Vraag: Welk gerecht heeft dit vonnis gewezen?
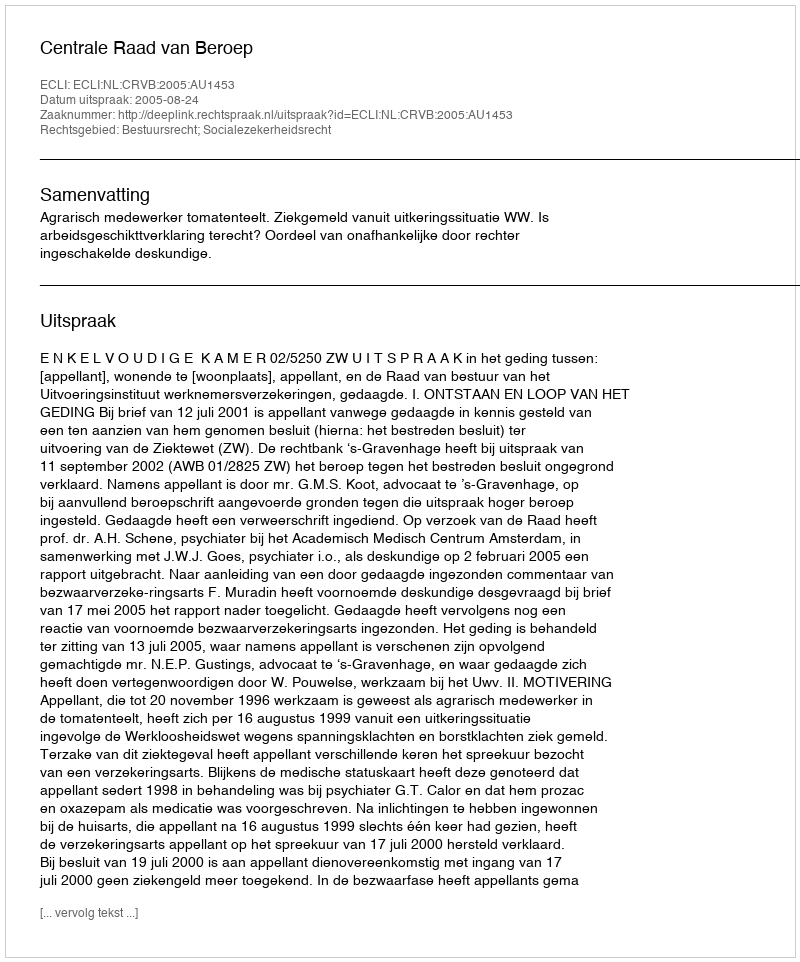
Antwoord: Centrale Raad van Beroep